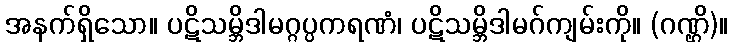
အနက်ရှိသော။ ပဋိသမ္ဘိဒါမဂ္ဂပ္ပကရဏံ၊ ပဋိသမ္ဘိဒါမဂ်ကျမ်းကို။ (ဂဏ္ဌိ)။